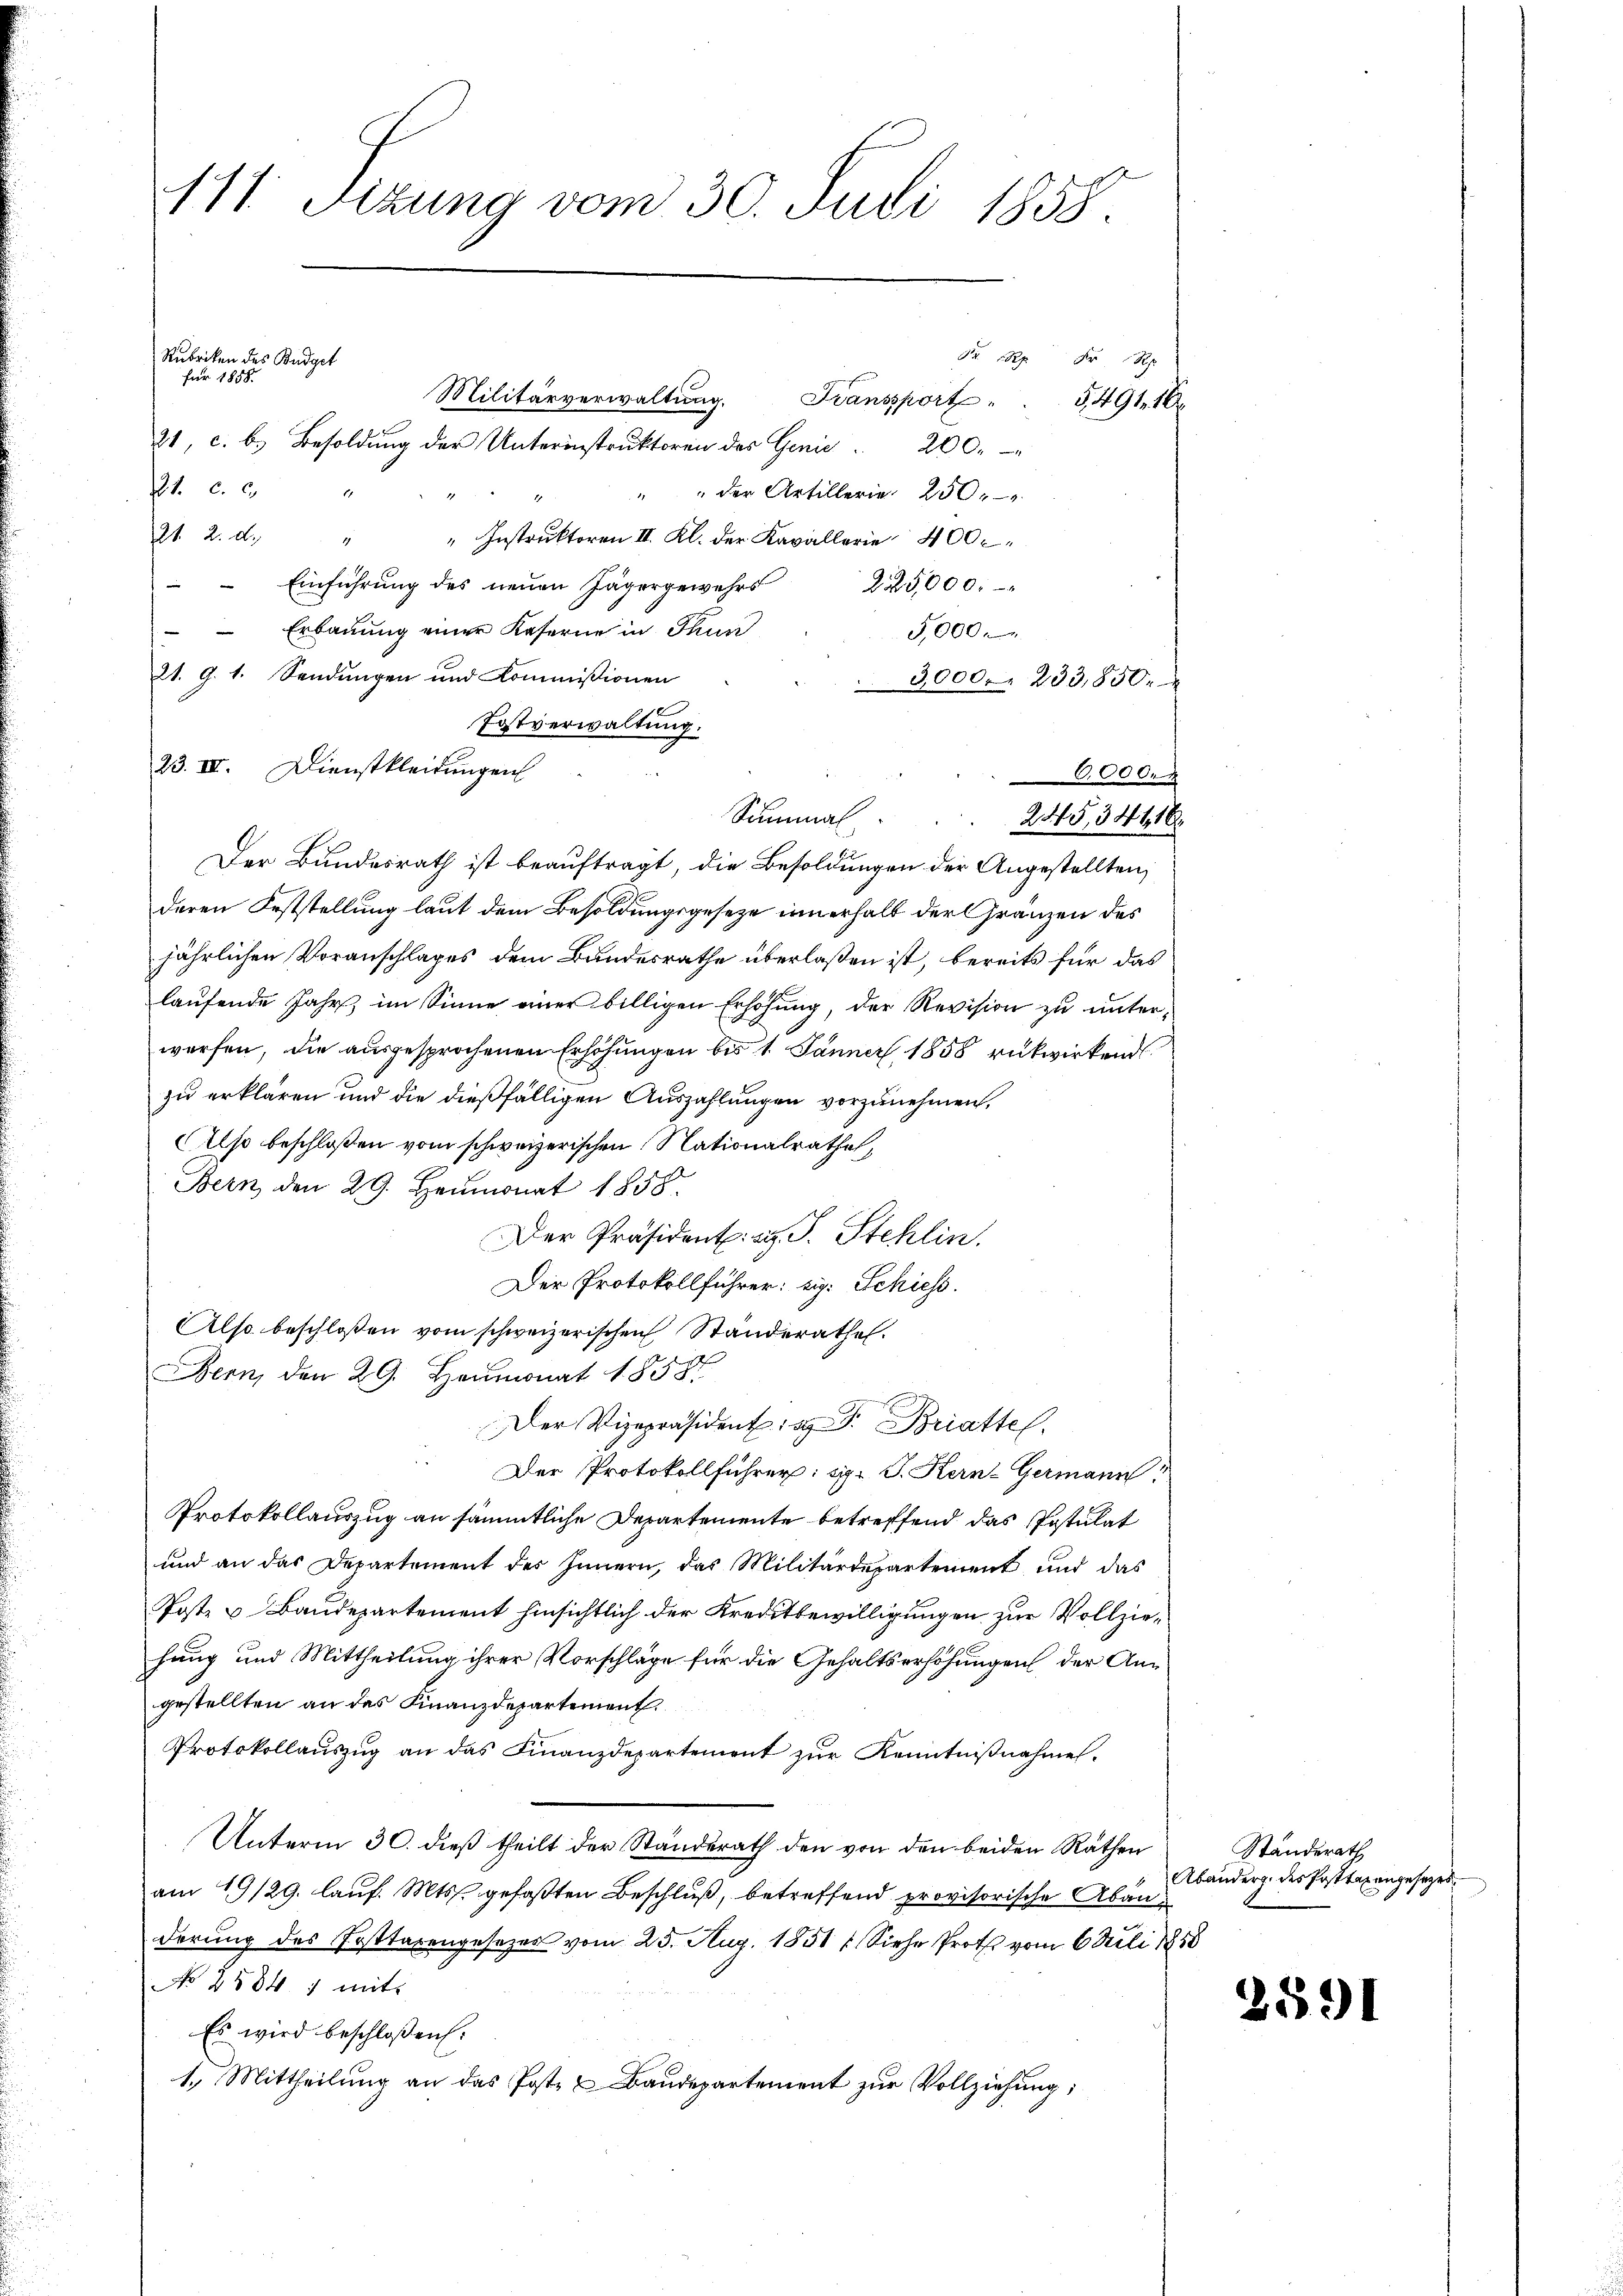
111. Sizung vom 30. Juli 1858.

Fr. 1828 Xr Rp
für 1858.
21, c. b.) Besoldŭng der Unterinstrŭktoren des Genie . 200.
t C. c.
" " der Artillerie 250
1
21. 2. d. " " Instrŭktoren II. Kl. der Kavallerie 400c
Einführung des neuen Jägergewehrs 225,000.
Erbauung einer Kaserne in Thun
5,000.
21. 9. 1. Sendungen und Kommißionen
3,000. 233,850.
Fostverwaltung.
23. IV. Dienstkleidungen
Der Bundesrath ist beauftragt, die Besoldungen der Angestellten,
deren Feststellung laut dem Besoldungsgeseze innerhalb der Gränzen des
jährlichen Voranschlages dem Bundesrathe überlaßen ist, bereits für das
laufende Jahr, im Sinne einer billigen Erhöhung, der Revision zu unterwerfen, die ausgesprochenen Erhöhungen bis 1. Jänner 1858 rükwirkend
zu erklären und die dießfälligen Auszahlungen vorzunehmen.
Also beschloßen vom schweizerischen Nationalrathes,
Bern den 29. Heumonat 1858.
Der Präsident. a. S. Stehlin
Der Protokollführer: sig: Schiess.
Also beschloßen vom schweizerischen Ständerathes.
ern, den 29. Heumonat 18587
Der Vizepräsident: F. Bratte.
Der Protokollführer: si. J. Kern-Germann
Protokollauszug an sämmtliche Departemente betreffend das Postulat
und an das Departement des Innern, das Militärdepartement und das
Poste u Baudepartement hinsichtlich der Kreditbewilligungen zur Vollziehung und Mittheilung ihrer Vorschläge für die Gehaltserhöhungen der Angestellten an das Finanzdepartement.
Protokollaŭszŭg an das Finanzdepartement zŭr Kenntnißnahme.
Unterm 30. dieß theilt der Standerath den von den beiden Räthen
am 19/29. lauf. Mts. gefaßten Beschluß, betreffend provisorische Abänderung des Posttaxengesezes vom 25. Aug. 1851 f. Siehe Prot vom 6 Juli 1858
No 2584 ; mit
Es wird beschloßen:
1.) Mittheilung an das Post- & Baudepartement zur Vollziehung;

Rubriken des Budget

Militärverwaltŭng. Transport . . 5491. 16

Summal
245,34616
¬

6,000.

Standerath
Abänderg. des Posttaxangesetzes

2591